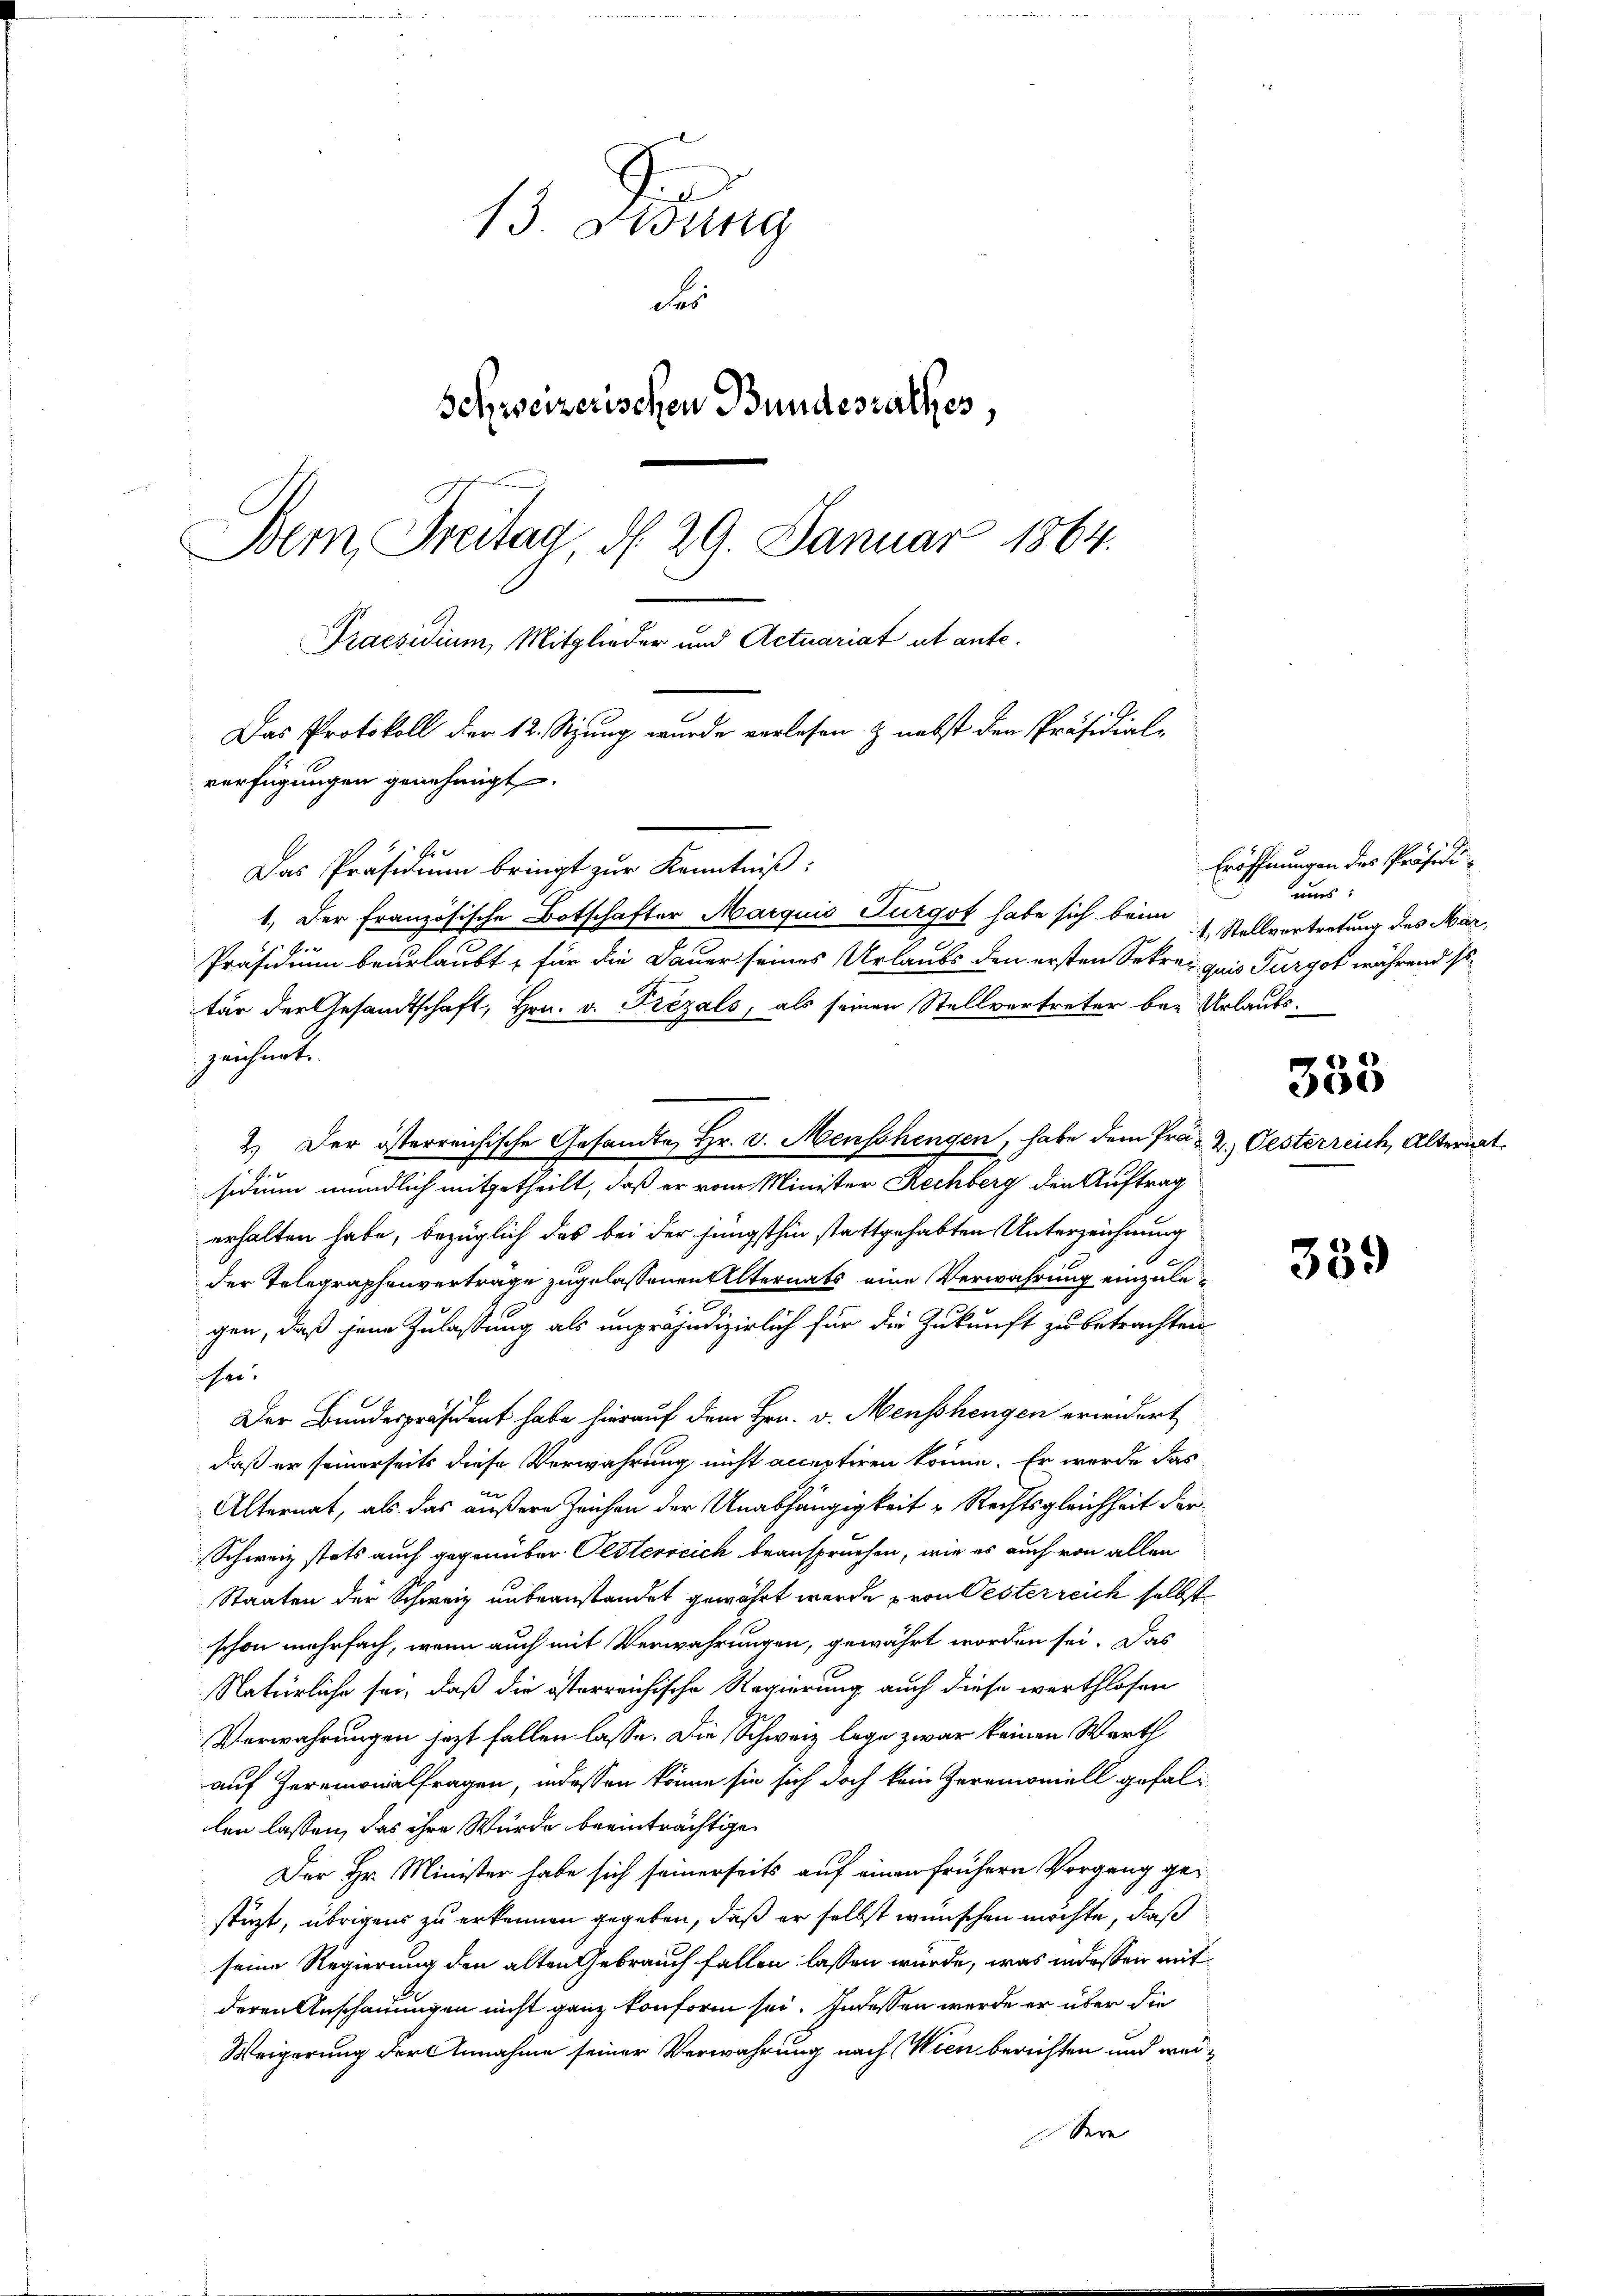
13. Febung
Fer
Schweizerischen Bundesrathes,
Dem Treitag d. 29. Januar 1864.
Praesidium, Mitglieder und Actuariat et ante.

Das Protokoll der 12. Stzung wurde verlesen & nebst den Präsidial-
verfügungen genehmigt.

Er.
Das Präsidium bringt zur Kenntniß:
1. Der Französische Botschafter Marquis Furgot habe sich beim Stellvertretung des Mar¬
Präsidium beurlaubt, für die Dauer seines Urlaubs den ersten Sekret quis Turgot während sotär der Gesandtschaft, Hrn. v. Frezals, als seinen Stellvertreter bey Urlaubszeichert.
2.) Der österreichische Gesandte Hr. v. Menschengen, habe dem Prä- 2. Oesterreich, Alternat
sidium mündlich mitgetheilt, daß er vom Minister Rechberg den Auftrag
erhalten habe, bezüglich das bei der jüngsthin stattgehabten Unterzeichnung
der Telegraphenverträge zugelassenen Alternats eine Verwahrung einzulex
gen, daß jene Zulassung als unpräjudizierlich für die Zukunft zu betrachten
en.
Der Bundespräsident habe hierauf dem Hrn. v. Menschengen erwidert
daß er seinerseits diese Verwahrung nicht acceptiren könne. Er werde das
Alternat, als das äußere Zeichen der Unabhängigkeit Rechtsgleichheit der
Schweiz stets auch gegenüber Oesterreich beanspruchen, wie es auch von allen
Staaten der Schweiz unbeanstandet gewährt werde von Oesterreich selbst
schon mehrfach, wenn auch mit Verwahrungen, gewährt worden sei. Das
Natürliche sei, daß die österreichische Regierung auch diese werthlosen
Verwahrungen jezt fallen lasse. Die Schweiz lege zwar keinen Warth
auf Herrmonialfragen, indessen könne sie sich doch kein Zeremoniell gefallen lassen, das ihre Würde beeinträchtige
Der Hr. Minister habe sich seinerseits auf einen frühern Vorgang gestüzt, übrigens zu erkennen gegeben, daß er selbst wünschen möchte, daß
seine Regierung den alten Gebrauch fallen lassen würde, was in dessen mit
deren Anschauungen nicht ganz konform sei. Indessen werde er über die
Weigerung der Annahme seiner Verwahrung nach Wien berichten und weidern

Eröffnungen des Präsidiuns:
J
335

339